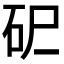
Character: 𰦪